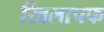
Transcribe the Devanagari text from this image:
खिलापफ